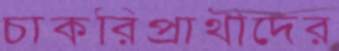
চাকরিপ্রাথীদের